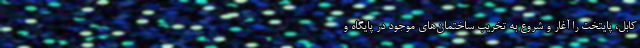
کابل، پایتخت را آغار و شروع به تخریب ساختمان‌های موجود در پایگاه و